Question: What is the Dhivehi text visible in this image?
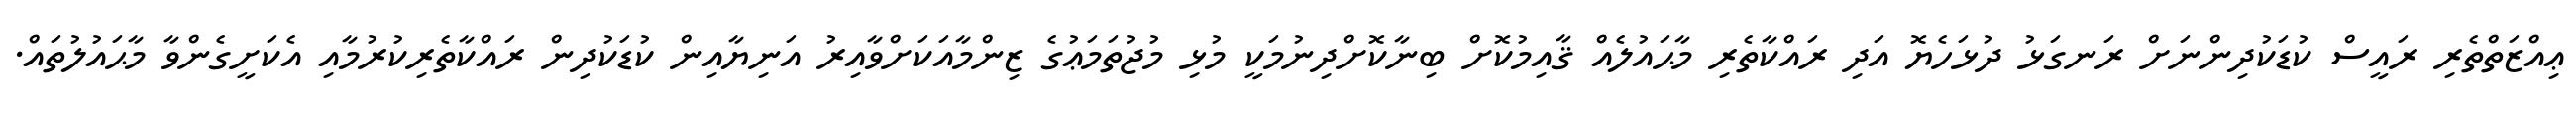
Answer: ޢިއްޒަތްތެރި ރައީސް ކުޑަކުދިންނަށް ރަނގަޅު ދުޅަހެޔޮ އަދި ރައްކާތެރި މާޙައުލެއް ޤާއިމުކޮށް ބިނާކޮށްދިނުމަކީ މުޅި މުޖުތަމަޢުގެ ޒިންމާއަކަށްވާއިރު އަނިޔާއިން ކުޑަކުދިން ރައްކާތެރިކުރުމާއި އެކަށީގެންވާ މާޙައުލުތައް.